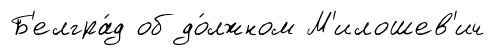
Б'елгра́д об до́лжном М'илошев'ич